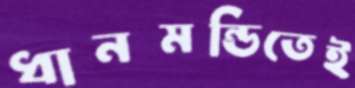
ধানমন্ডিতেই